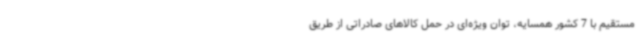
مستقیم با 7 کشور همسایه، توان ویژه‌ای در حمل کالاهای صادراتی از طریق